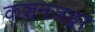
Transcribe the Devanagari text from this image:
कञ्चनजङ्घा